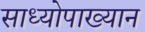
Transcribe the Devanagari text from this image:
साध्योपाख्यान